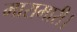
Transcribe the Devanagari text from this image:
मारामारी।